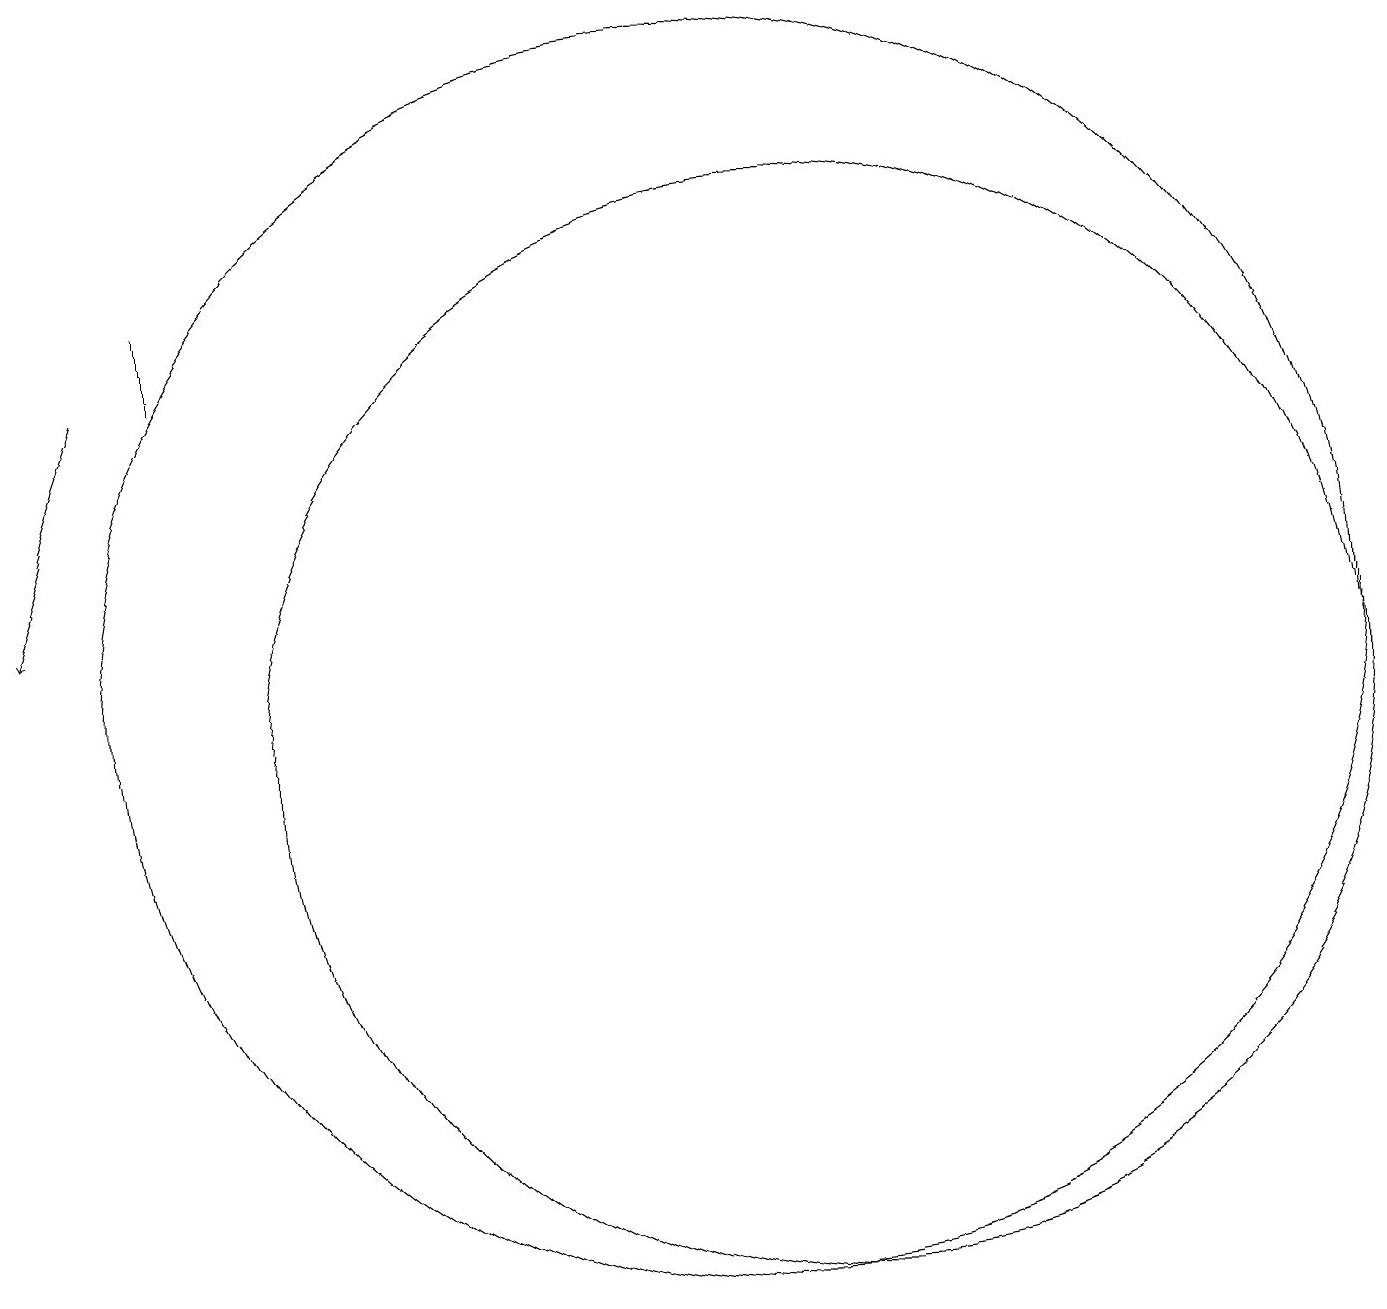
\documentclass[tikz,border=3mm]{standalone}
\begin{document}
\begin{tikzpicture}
\draw (3,17) rectangle (3,16);
\draw (11,11) circle (7);
\draw (10,12) circle (8);
\draw[->] (2,16) -- (1,13);
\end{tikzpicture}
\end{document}